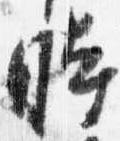
時